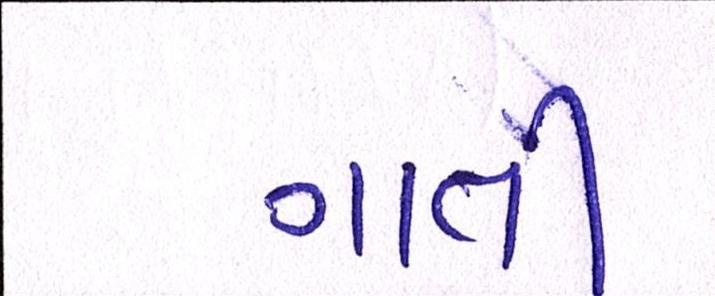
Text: ગાતી